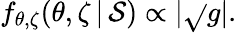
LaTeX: f_{\theta,\zeta}(\theta,\zeta\, |\, \mathcal{S})\propto|\sqrt{}{{g}}|.